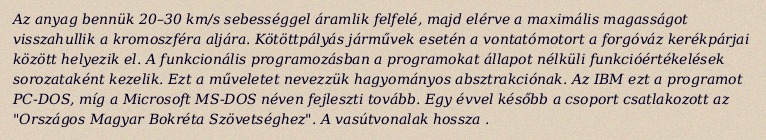
Az anyag bennük 20–30 km/s sebességgel áramlik felfelé, majd elérve a maximális magasságot visszahullik a kromoszféra aljára. Kötöttpályás járművek esetén a vontatómotort a forgóváz kerékpárjai között helyezik el. A funkcionális programozásban a programokat állapot nélküli funkcióértékelések sorozataként kezelik. Ezt a műveletet nevezzük hagyományos absztrakciónak. Az IBM ezt a programot PC-DOS, míg a Microsoft MS-DOS néven fejleszti tovább. Egy évvel később a csoport csatlakozott az "Országos Magyar Bokréta Szövetséghez". A vasútvonalak hossza .